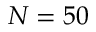
N = 5 0